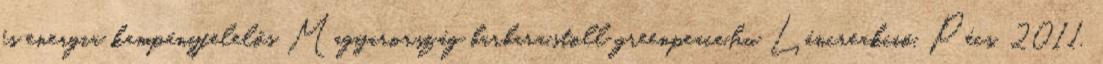
és energia kampányfelelős Magyarország barbara.stoll greenpeace.hu Láncreakció, Pécs, 2011.